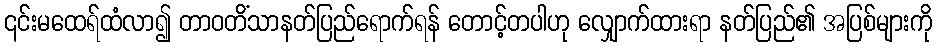
၎င်းမထေရ်ထံလာ၍ တာဝတိံသာနတ်ပြည်ရောက်ရန် တောင့်တပါဟု လျှောက်ထားရာ နတ်ပြည်၏ အပြစ်များကို